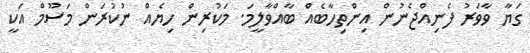
ގަޔާ ވާވަރު ފެނިއްޖެނުން އިންތިހާބެއް ބާއްވާލީމަ. މަކުރިން ހިޔެއް ނުކުރަން މަސޫމް އަކީ